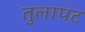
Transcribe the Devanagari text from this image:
तुलापट